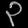
Digit: ၃